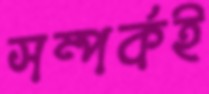
সম্পর্কই